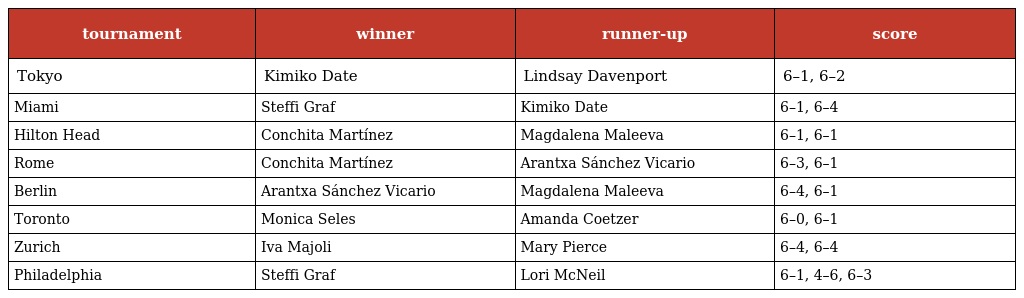
| tournament | winner | runner-up | score |
 | --- | --- | --- | --- |
 | Tokyo | Kimiko Date | Lindsay Davenport | 6–1, 6–2 |
 | Miami | Steffi Graf | Kimiko Date | 6–1, 6–4 |
 | Hilton Head | Conchita Martínez | Magdalena Maleeva | 6–1, 6–1 |
 | Rome | Conchita Martínez | Arantxa Sánchez Vicario | 6–3, 6–1 |
 | Berlin | Arantxa Sánchez Vicario | Magdalena Maleeva | 6–4, 6–1 |
 | Toronto | Monica Seles | Amanda Coetzer | 6–0, 6–1 |
 | Zurich | Iva Majoli | Mary Pierce | 6–4, 6–4 |
 | Philadelphia | Steffi Graf | Lori McNeil | 6–1, 4–6, 6–3 |